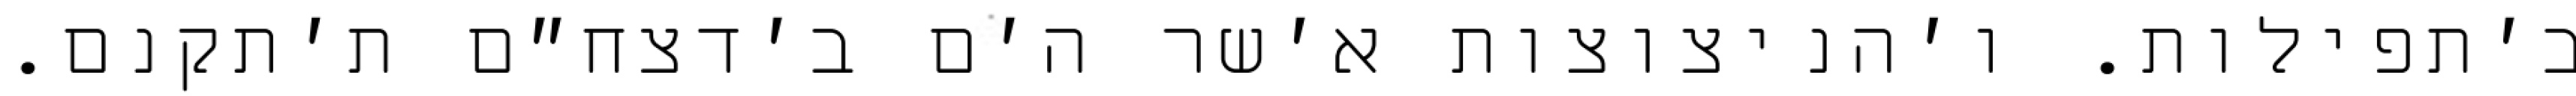
ב׳תפילות. ו׳הניצוצות א׳שר ה׳ם ב׳דצח״ם ת׳תקנם.